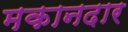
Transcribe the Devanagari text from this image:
मकानदार